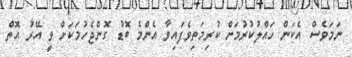
ނަމަވެސް އެކަން ހައްލުކުރުމަށް ކުރިމަތިވެފައިވާ އެންމެ ބޮޑު ގޮންޖެހުމަކަށް ވީ އޭރު އޮތް